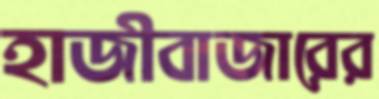
হাজীবাজারের